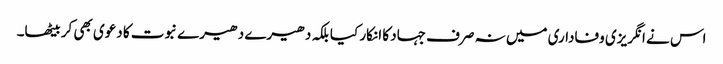
اس نے انگریزی وفاداری میں نہ صرف جہاد کا انکار کیا بلکہ دھیرے دھیرے نبوت کا دعوی بھی کر بیٹھا۔